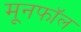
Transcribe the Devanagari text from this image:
मूनफॉल